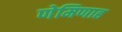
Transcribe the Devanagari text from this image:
णेमिणाह